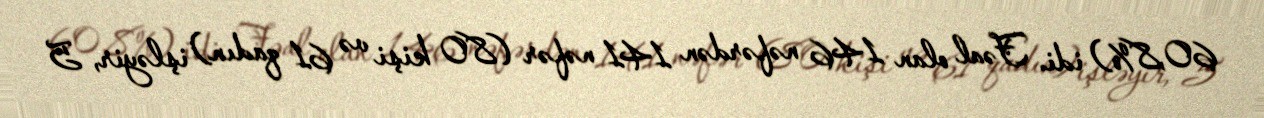
60,8%) idi. Fəal olan 146 nəfərdən 141 nəfər (80 kişi və 61 qadın) işləyir, 5